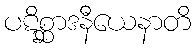
ပဋိစ္ဆာဒနီယေနာတိ